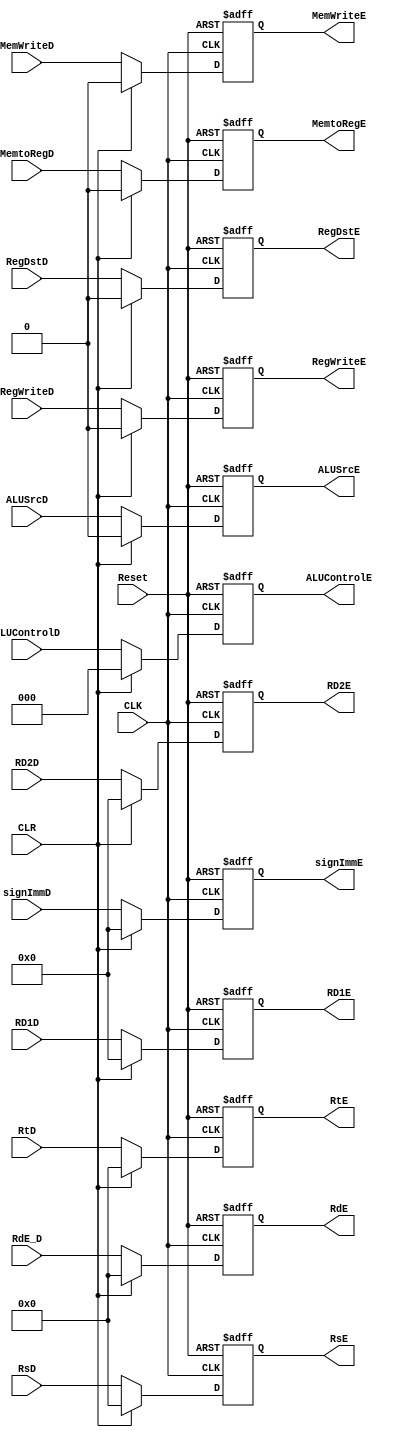
module Excute_reg (
    // input & output ports
    input  wire            CLK,   
    input  wire            Reset,
    input  wire            CLR,
    input  wire            RegWriteD,
    input  wire            MemtoRegD,
    input  wire            MemWriteD,
    input  wire   [2:0]    ALUControlD,
    input  wire            ALUSrcD,
    input  wire            RegDstD,
    input  wire   [31:0]   RD1D,
    input  wire   [31:0]   RD2D,
    input  wire   [4:0]    RsD,
    input  wire   [4:0]    RtD,
    input  wire   [4:0]    RdE_D,
    input  wire   [31:0]   signImmD,
    output reg    [31:0]   RD1E,
    output reg    [31:0]   RD2E,
    output reg    [4:0]    RsE,
    output reg    [4:0]    RtE,
    output reg    [4:0]    RdE,
    output reg    [31:0]   signImmE,
    output reg             RegWriteE,
    output reg             MemtoRegE,
    output reg             MemWriteE,
    output reg    [2:0]    ALUControlE,
    output reg             ALUSrcE,
    output reg             RegDstE
);

always @(posedge CLK, negedge Reset) begin
    if (!Reset) begin
        RD1E          <= 0;
        RD2E          <= 0;
        RsE           <= 0;
        RtE           <= 0;
        RdE           <= 0;
        signImmE      <= 0;
        RegWriteE     <= 0;
        MemtoRegE     <= 0;
        MemWriteE     <= 0;
        ALUControlE   <= 0;
        ALUSrcE       <= 0;
        RegDstE       <= 0;
    end
    else if(CLR) begin
        RD1E          <= 0;
        RD2E          <= 0;
        RsE           <= 0;
        RtE           <= 0;
        RdE           <= 0;
        signImmE      <= 0;
        RegWriteE     <= 0;
        MemtoRegE     <= 0;
        MemWriteE     <= 0;
        ALUControlE   <= 0;
        ALUSrcE       <= 0;
        RegDstE       <= 0;
    end
    else begin
        RD1E          <= RD1D;
        RD2E          <= RD2D;
        RsE           <= RsD;
        RtE           <= RtD;
        RdE           <= RdE_D;
        signImmE      <= signImmD;
        RegWriteE     <= RegWriteD;
        MemtoRegE     <= MemtoRegD;
        MemWriteE     <= MemWriteD;
        ALUControlE   <= ALUControlD;
        ALUSrcE       <= ALUSrcD;
        RegDstE       <= RegDstD;
    end

end
    
endmodule